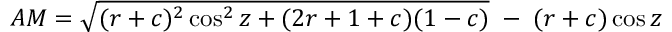
A M = { \sqrt { ( r + c ) ^ { 2 } \cos ^ { 2 } z + ( 2 r + 1 + c ) ( 1 - c ) } } \; - \; ( r + c ) \cos z